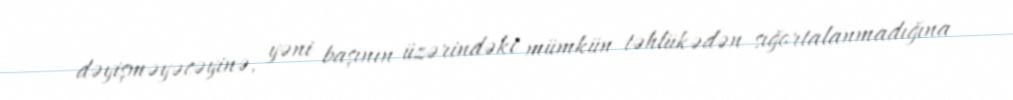
dəyişməyəcəyinə, yəni başının üzərindəki mümkün təhlükədən sığortalanmadığına